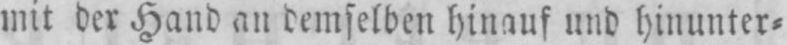
mit der Hand an demselben hinauf und hinunter⸗